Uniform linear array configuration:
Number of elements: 24
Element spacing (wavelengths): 1
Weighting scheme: kaiser
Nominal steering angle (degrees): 45
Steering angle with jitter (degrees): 43.58
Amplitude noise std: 0.05
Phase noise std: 0.05

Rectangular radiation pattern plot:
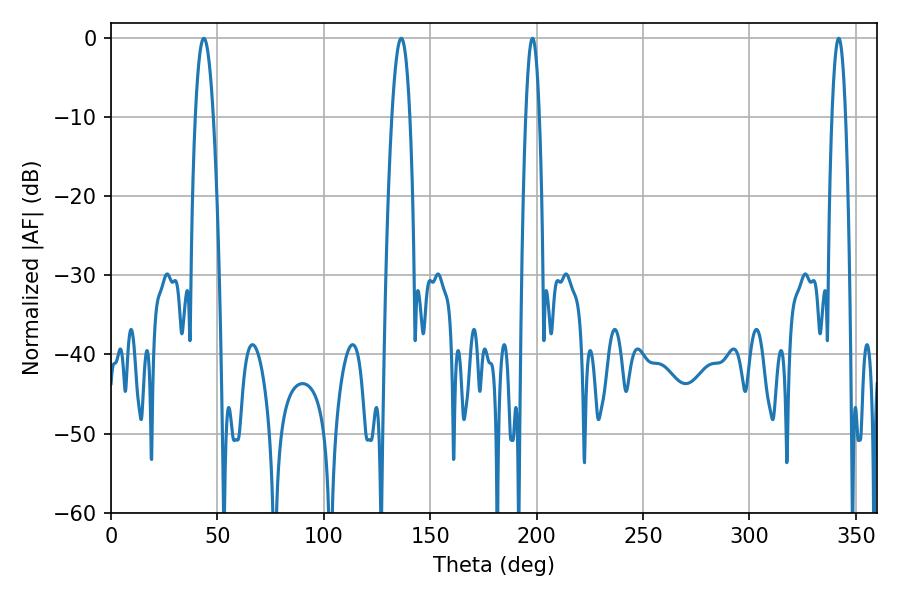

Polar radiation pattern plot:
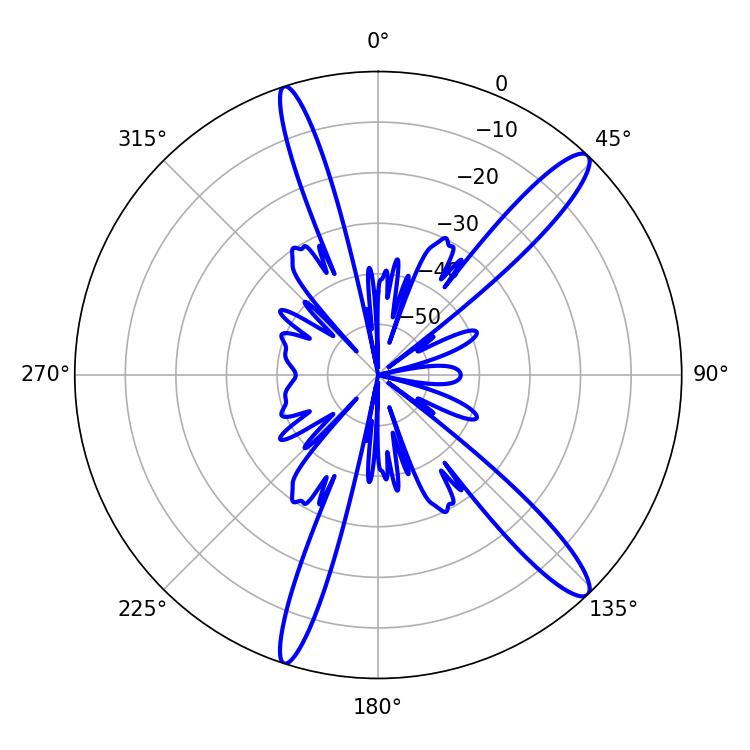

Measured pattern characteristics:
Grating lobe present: TRUE
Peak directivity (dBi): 13.974
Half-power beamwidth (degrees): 4.68
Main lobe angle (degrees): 43.56